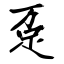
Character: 趸